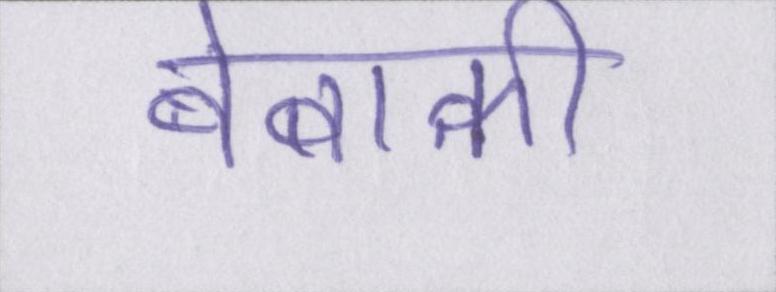
बेबाकी